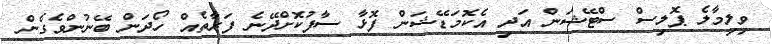
ވިލިމާލެ ޕޮލިސް ސްޓޭޝަން އަދި އެކޮމަޑޭޝަން ފޮޅާ ސާފުކޮށްދޭނެ ފަރާތެއް ހޯދަން ބޭނުންވެގެން